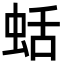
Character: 蛞